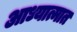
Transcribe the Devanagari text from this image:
आध्यात्मात